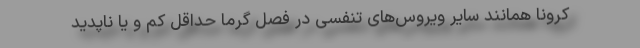
کرونا همانند سایر ویروس‌های تنفسی در فصل گرما حداقل کم و یا ناپدید